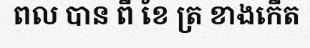
ពល បាន ពី ខែ ត្រ ខាងកើត